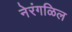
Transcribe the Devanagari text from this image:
नेरंगळिल